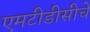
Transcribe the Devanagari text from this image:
एमटीडीसीचे